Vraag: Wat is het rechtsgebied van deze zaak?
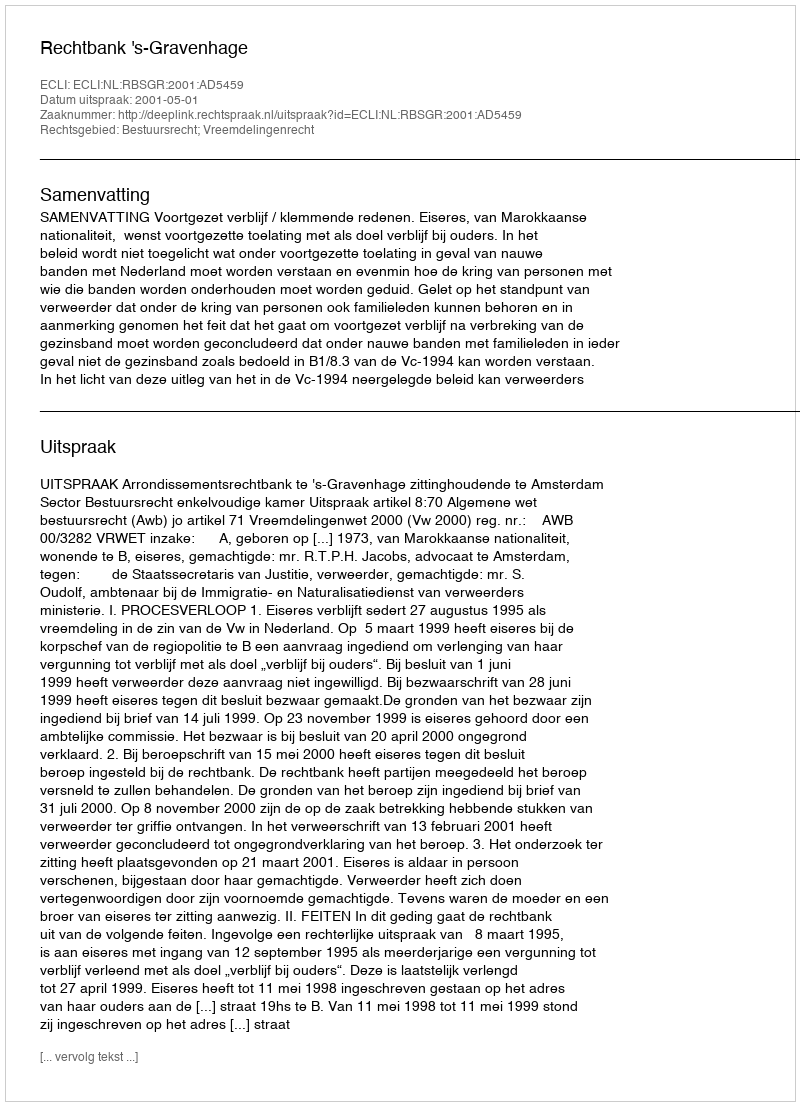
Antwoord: Bestuursrecht; Vreemdelingenrecht